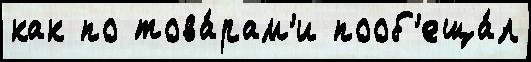
как по това́рам'и пооб'еща́л